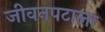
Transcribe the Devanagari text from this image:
जीवनपटाला